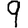
Digit: 9